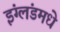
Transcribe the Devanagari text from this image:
इंग्लंडमधे